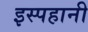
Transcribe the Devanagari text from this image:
इस्पहानी